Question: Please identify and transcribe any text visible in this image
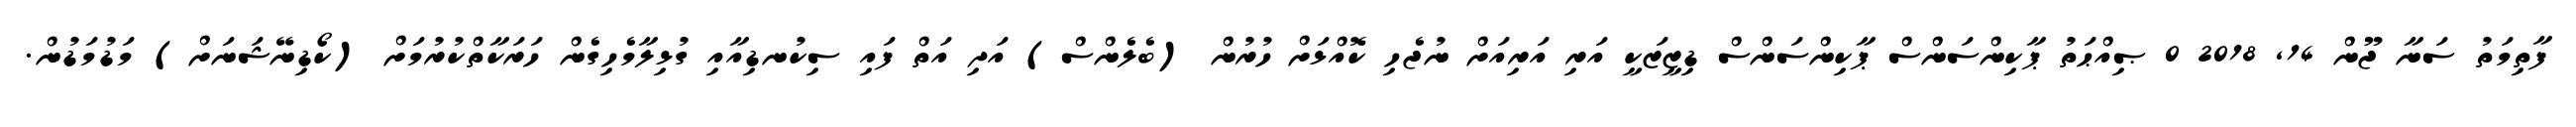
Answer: ފާތިމަތު ސަނާ ޖޫން 14, 2018 0 ޞިއްޙަތު ޕާކިންސަންސް ޕާކިންސަންސް ޑިޒީޒަކީ އަރި އަރިއަށް ނުޖެހި ކޮއްޅަށް ހުރުން (ބެލެންސް) އަދި އަތް ފައި ސިކުނޑިއާއި ގުޅިލާމެހިގެން ހަރަކާތްކުރުމަށް (ކޯޑިނޭޝަނަށް) މަޑުމަޑުން.